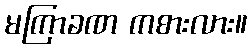
မကြာခဏ ကစားလား။